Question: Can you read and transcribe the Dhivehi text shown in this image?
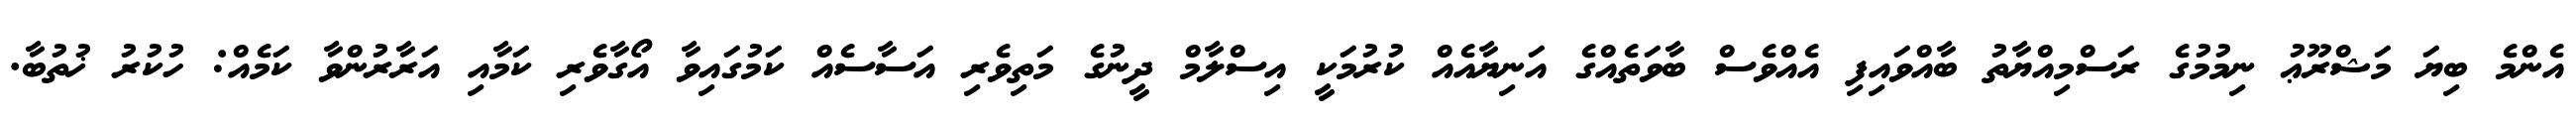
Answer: އެންމެ ބިޔަ މަޝްރޫޢު ނިމުމުގެ ރަސްމިއްޔާތު ބާއްވައިފި އެއްވެސް ބާވަތެއްގެ އަނިޔާއެއް ކުރުމަކީ އިސްލާމް ދީނުގެ މަތިވެރި އަސާސެއް ކަމުގައިވާ އޯގާވެރި ކަމާއި އަރާރުންވާ ކަމެއް: ހުކުރު ޚުތުބާ.